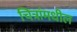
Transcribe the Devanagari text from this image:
चित्रांमधील